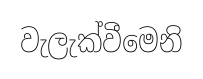
වැලැක්වීමෙනි